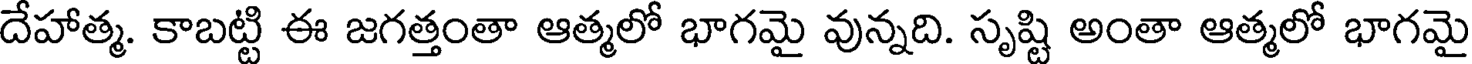
దేహాత్మ. కాబట్టి ఈ జగత్తంతా ఆత్మలో భాగమై వున్నది. సృష్టి అంతా ఆత్మలో భాగమై